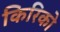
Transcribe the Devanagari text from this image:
किरिको